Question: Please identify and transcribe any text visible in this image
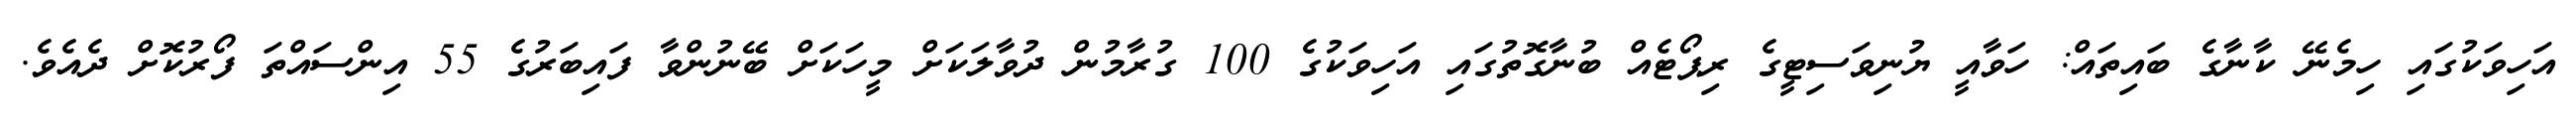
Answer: އަހިވަކުގައި ހިމެނޭ ކާނާގެ ބައިތައް: ހަވާއީ ޔުނިވަސިޓީގެ ރިޕޯޓެއް ބުނާގޮތުގައި އަހިވަކުގެ 100 ގުރާމުން ދުވާލަކަށް މީހަކަށް ބޭނުންވާ ފައިބަރުގެ 55 އިންސައްތަ ފޯރުކޮށް ދެއެވެ.